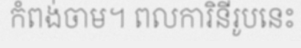
កំពង់ចាម។ ពលការិនីរូបនេះ